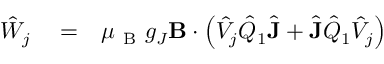
\begin{array} { r l r } { \hat { W } _ { j } } & { { } = } & { \mu _ { \mathrm { ~ B ~ } } g _ { J } \mathbf { B } \cdot \left( \hat { V } _ { j } \hat { Q } _ { 1 } \hat { \mathbf { J } } + \hat { \mathbf { J } } \hat { Q } _ { 1 } \hat { V } _ { j } \right) } \end{array}